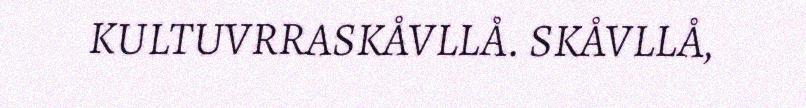
KULTUVRRASKÅVLLÅ. SKÅVLLÅ,